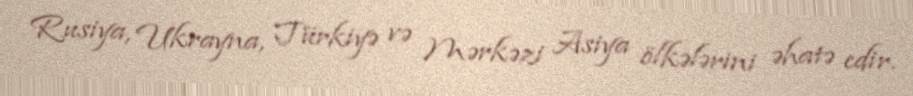
Rusiya, Ukrayna, Türkiyə və Mərkəzi Asiya ölkələrini əhatə edir.